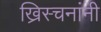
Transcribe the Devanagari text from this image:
ख्रिस्चनांनी